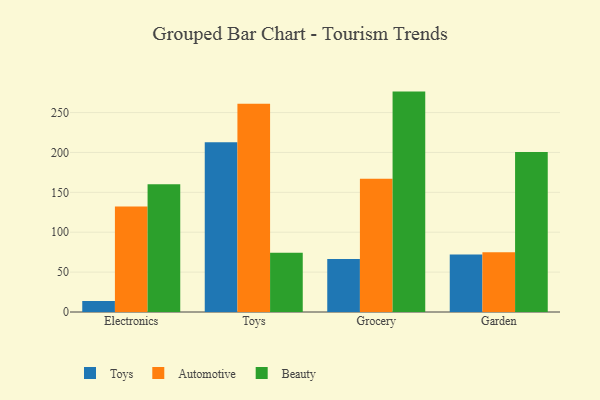
{"axis": {"x": "Category", "y": "Temperature (°C)"}, "legend": ["Automotive", "Beauty", "Toys"], "data": [{"x": "Electronics", "y": 13.9, "type": "Toys"}, {"x": "Electronics", "y": 132.4, "type": "Automotive"}, {"x": "Electronics", "y": 160.2, "type": "Beauty"}, {"x": "Toys", "y": 212.9, "type": "Toys"}, {"x": "Toys", "y": 261.0, "type": "Automotive"}, {"x": "Toys", "y": 74.4, "type": "Beauty"}, {"x": "Grocery", "y": 66.4, "type": "Toys"}, {"x": "Grocery", "y": 167.0, "type": "Automotive"}, {"x": "Grocery", "y": 276.3, "type": "Beauty"}, {"x": "Garden", "y": 72.0, "type": "Toys"}, {"x": "Garden", "y": 74.8, "type": "Automotive"}, {"x": "Garden", "y": 200.7, "type": "Beauty"}]}